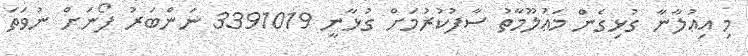
މި އިޢުލާނާ ގުޅިގެން މަޢުލޫމާތު ސާފުކުރުމަށް ގުޅާނީ 3391019 ނަންބަރު ފޯނަށް ނުވަތަ